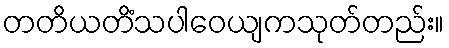
တတိယတိံသပါဝေယျကသုတ်တည်း။